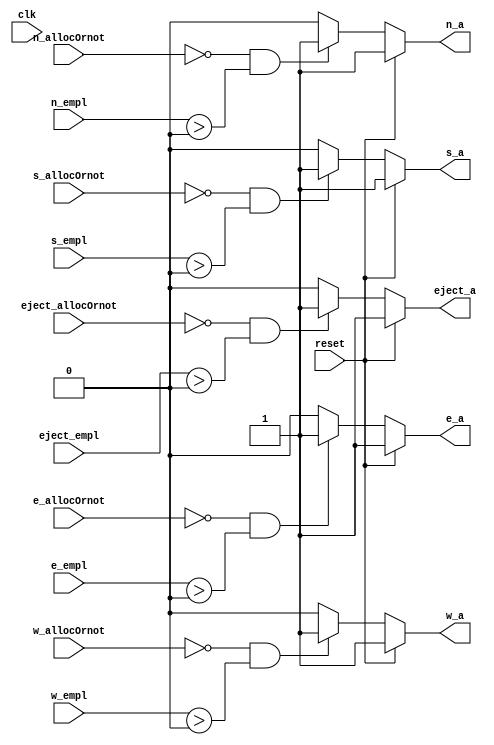
module output_buffer_availablity (output reg e_a, w_a, n_a, s_a, eject_a, input clk,
                                  input [2:0] e_empl, w_empl, n_empl, s_empl, eject_empl, 
								  input reset, e_allocOrnot, w_allocOrnot, n_allocOrnot, s_allocOrnot, eject_allocOrnot);
                                  
                                  
  always @(*)
  begin
	if(reset)
		{e_a, w_a, n_a, s_a, eject_a} = 5'b11111;
	else
	begin
		{e_a, w_a, n_a, s_a, eject_a} = 5'b0;
		if(e_allocOrnot == 0 && (e_empl > 3'd0))
		begin
		  e_a = 1;
		end
		if(w_allocOrnot == 0 && (w_empl > 3'd0))
		begin
		  w_a = 1;
		end
		if(n_allocOrnot == 0 && (n_empl > 3'd0))
		begin
		  n_a = 1;
		end
		if(s_allocOrnot == 0 && (s_empl > 3'd0))
		begin
		  s_a = 1;
		end
		if(eject_allocOrnot == 0 && (eject_empl > 3'd0))
		begin
		  eject_a = 1;
		end
	end
  end
                                  
endmodule